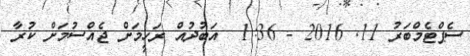
ސެޕްޓެމްބަރު 11